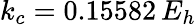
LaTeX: k_{c}=0.15582\, E_{h}